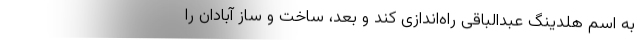
به اسم هلدینگ عبدالباقی راه‌اندازی کند و بعد، ساخت و ساز آبادان را